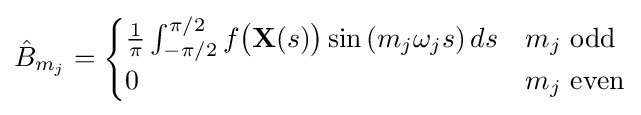
{\hat {B}}_{m_{j}}={\begin{cases}{\frac {1}{\pi }}\int _{-\pi /2}^{\pi /2}f{\bigl (}\mathbf {X} (s){\bigr )}\sin \left(m_{j}\omega _{j}s\right)ds&m_{j}{\text{ odd}}\\0&m_{j}{\text{ even}}\end{cases}}